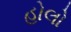
હોલો